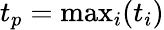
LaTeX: t_{p}=\mathrm{max}_{i}(t_{i})